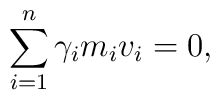
\sum_{i=1}^n\gamma_im_iv_i=0,